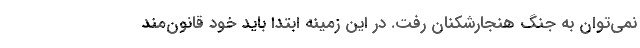
نمی‌توان به جنگ هنجارشکنان رفت. در این زمینه ابتدا باید خود قانون‌مند